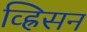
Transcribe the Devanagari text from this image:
व्ह्रिसन